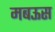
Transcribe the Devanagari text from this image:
मबऊस